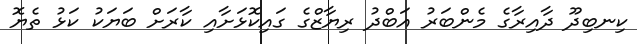
ކިނބިދޫ ދާއިރާގެ މެންބަރު އަބްދު ރިޔާޒްގެ ގައިކޮޅަށާއި ކާރަށް ބަޔަކު ކަޅު ތެޔޮ